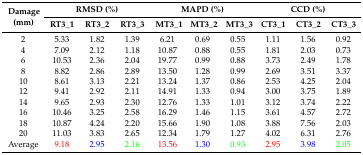
<table><thead><tr><td rowspan="2"><b>Damage (mm)</b></td><td colspan="3"><b>RMSD (%)</b></td><td colspan="3"><b>MAPD (%)</b></td><td colspan="3"><b>CCD (%)</b></td></tr><tr><td><b>RT3_1</b></td><td><b>RT3_2</b></td><td><b>RT3_3</b></td><td><b>MT3_1</b></td><td><b>MT3_2</b></td><td><b>MT3_3</b></td><td><b>CT3_1</b></td><td><b>CT3_2</b></td><td><b>CT3_3</b></td></tr></thead><tbody><tr><td>2</td><td>5.33</td><td>1.82</td><td>1.39</td><td>6.21</td><td>0.69</td><td>0.55</td><td>1.11</td><td>1.56</td><td>0.92</td></tr><tr><td>4</td><td>7.09</td><td>2.12</td><td>1.18</td><td>10.87</td><td>0.88</td><td>0.55</td><td>1.81</td><td>2.03</td><td>0.73</td></tr><tr><td>6</td><td>10.53</td><td>2.36</td><td>2.04</td><td>19.77</td><td>0.99</td><td>0.88</td><td>3.73</td><td>2.49</td><td>1.78</td></tr><tr><td>8</td><td>8.82</td><td>2.86</td><td>2.89</td><td>13.50</td><td>1.28</td><td>0.99</td><td>2.69</td><td>3.51</td><td>3.37</td></tr><tr><td>10</td><td>8.61</td><td>3.13</td><td>2.21</td><td>13.24</td><td>1.37</td><td>0.86</td><td>2.53</td><td>4.25</td><td>2.04</td></tr><tr><td>12</td><td>9.41</td><td>2.92</td><td>2.11</td><td>14.91</td><td>1.33</td><td>0.94</td><td>3.00</td><td>3.75</td><td>1.89</td></tr><tr><td>14</td><td>9.65</td><td>2.93</td><td>2.30</td><td>12.76</td><td>1.33</td><td>1.01</td><td>3.12</td><td>3.74</td><td>2.22</td></tr><tr><td>16</td><td>10.46</td><td>3.25</td><td>2.58</td><td>16.29</td><td>1.46</td><td>1.15</td><td>3.61</td><td>4.57</td><td>2.72</td></tr><tr><td>18</td><td>10.87</td><td>4.24</td><td>2.20</td><td>15.66</td><td>1.90</td><td>1.08</td><td>3.88</td><td>7.56</td><td>2.03</td></tr><tr><td>20</td><td>11.03</td><td>3.83</td><td>2.65</td><td>12.34</td><td>1.79</td><td>1.27</td><td>4.02</td><td>6.31</td><td>2.76</td></tr><tr><td>Average</td><td>9.18</td><td>2.95</td><td>2.16</td><td>13.56</td><td>1.30</td><td>0.93</td><td>2.95</td><td>3.98</td><td>2.05</td></tr></tbody></table>